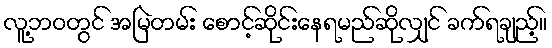
လူ့ဘဝတွင် အမြဲတမ်း စောင့်ဆိုင်းနေရမည်ဆိုလျှင် ခက်ရချည့်။